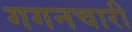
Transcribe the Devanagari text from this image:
गगनचारी